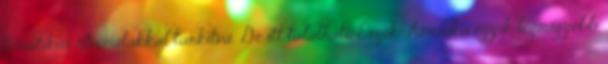
tematikus útvonalakkal tarkítva. De itt található Észak-Amerika egyik legnagyobb